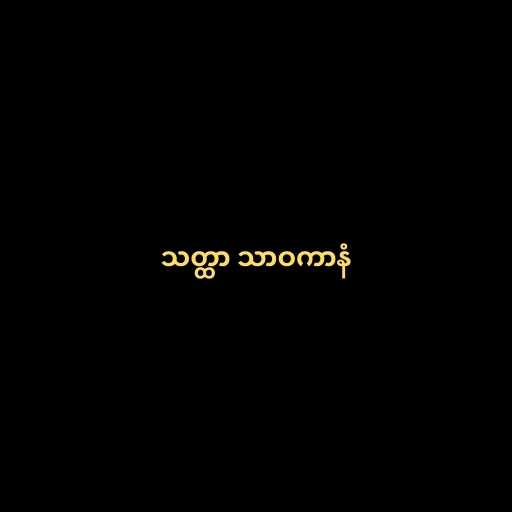
သတ္ထာ သာဝကာနံ